Indian journal of veterinary science and animal husbandry - Volume 12,
Year: 1942
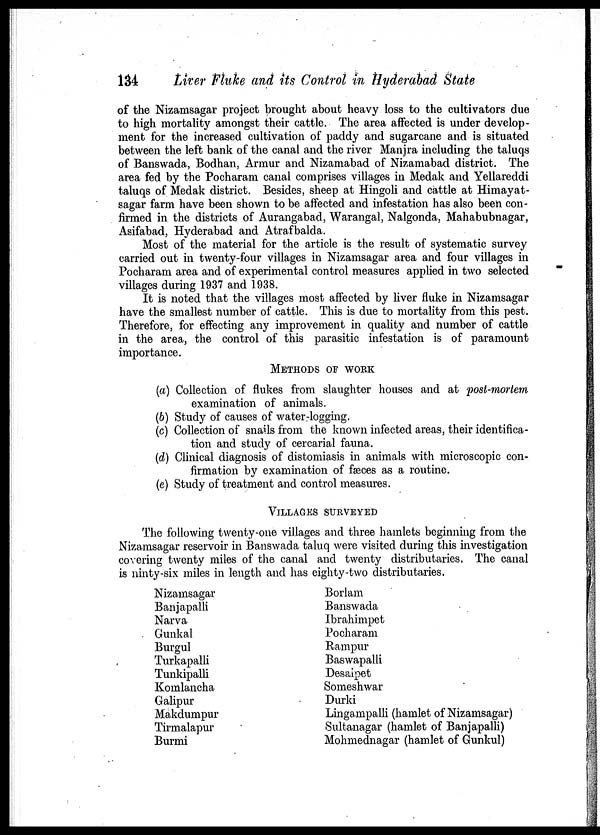
134
Liver Fluke and its Control in Hyderabad State
of the Nizamsagar project brought about heavy loss to the cultivators due
to high mortality amongst their cattle. The area affected is under develop-
ment for the increased cultivation of paddy and sugarcane and is situated
between the left bank of the canal and the river Manjra including the taluqs
of Banswada, Bodhan, Armur and Nizamabad of Nizamabad district. The
area fed by the Pocharam canal comprises villages in Medak and Yellareddi
taluqs of Medak district. Besides, sheep at Hingoli and cattle at Himayat¬
sagar farm have been shown to be affected and infestation has also been con-
firmed in the districts of Aurangabad, Warangal, Nalgonda, Mahabubnagar,
Asifabad, Hyderabad and Atrafbalda.
Most of the material for the article is the result of systematic survey
carried out in twenty-four villages in Nizamsagar area and four villages in
Pocharam area and of experimental control measures applied in two selected
villages during 1937 and 1938.
It is noted that the villages most affected by liver fluke in Nizamsagar
have the smallest number of cattle. This is due to mortality from this pest.
Therefore, for effecting any improvement in quality and number of cattle
in the area, the control of this parasitic infestation is of paramount
importance.
METHODS OF WORK
(a) Collection of flukes from slaughter houses and at post-mortem
examination of animals.
(b) Study of causes of water-logging.
(c) Collection of snails from the known infected areas, their identifica-
tion and study of cercarial fauna.
(d) Clinical diagnosis of distomiasis in animals with microscopic con-
firmation by examination of fæces as a routine.
(e) Study of treatment and control measures.
VILLAGES SURVEYED
The following twenty-one villages and three hamlets beginning from the
Nizamsagar reservoir in Banswada taluq were visited during this investigation
covering twenty miles of the canal and twenty distributaries. The canal
is ninty-six miles in length and has eighty-two distributaries.
Nizamsagar
Banjapalli
Narva
Gunkal
Burgul
Turkapalli
Tunkipalli
Komlancha
Galipur
Makdumpur
Tirmalapur
Burmi
Borlam
Banswada
Ibrahimpet
Pocharam
Rampur
Baswapalli
Desaipet
Someshwar
Durki
Lingampalli (hamlet of Nizamsagar)
Sultanagar (hamlet of Banjapalli)
Mohmednagar (hamlet of Gunkul)